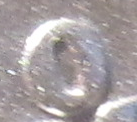
O